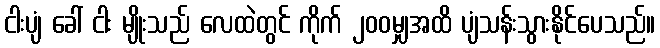
ငါးပျံ ခေါ် ငါး မျိုးသည် လေထဲတွင် ကိုက် ၂၀၀မျှအထိ ပျံသန်းသွားနိုင်ပေသည်။